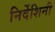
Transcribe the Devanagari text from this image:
निर्देशिनी